Medical and sanitary report of the native army of Bengal for the year
Year: 1876
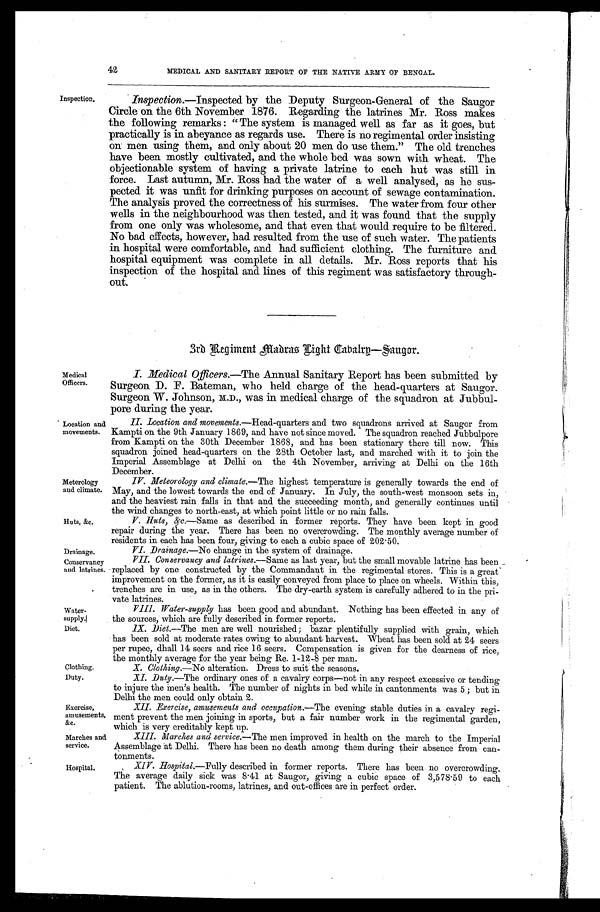
Huts, &c.
Drainage.
Conservancy
and latrines.
Water-
supply.
Diet.
Clothing.
Duty.
Exercise,
amusements,
&c.
Marches and
service.
Hospital.
Inspection.
42
MEDICAL AND SANITARY REPORT OF THE NATIVE ARMY OF BENGAL.
Inspection.—Inspected by the Deputy Surgeon-General of the Saugor
Circle on the 6th November 1876. Regarding the latrines Mr. Ross makes
the following remarks : “The system is managed well as far as it goes, but
practically is in abeyance as regards use. There is no regimental order insisting
on men using them, and only about 20 men do use them.” The old trenches have
been mostly cultivated, and the whole bed was sown with wheat. The
objectionable system of having a private latrine to each hut was still in
force. Last autumn, Mr. Ross had the water of a well analysed, as he sus-
pected it was unfit for drinking purposes on account of sewage contamination.
The analysis proved the correctness of his surmises. The water from four other
wells in the neighbourhood was then tested, and it was found that the supply
from one only was wholesome, and that even that would require to be filtered.
No bad effects, however, had resulted from the use of such water. The patients
in hospital were comfortable, and had sufficient clothing. The furniture and
hospital equipment was complete in all details. Mr. Ross reports that his
inspection of the hospital and lines of this regiment was satisfactory through-
out.
3rd Regiment M adras Light Cavalry—Saugor.
Medical
Officers.
Location and
movements.
Meterology
and climate.
I. Medical Officers.— T h e
A n n u a l S a n i t a r y R e p o r t h a s b e e n s u b m i t t e d b y
Surgeon D. F. Bateman, who held charge of the head-quarters at Saugor.
Surgeon W. Johnson, M.D., was in medical charge of the squadron at Jubbul-
pore during the year.
II. Location and movements.—Head-quarters and two squadrons arrived at Saugor from
Kampti on the 9th January 1869, and have not since moved. The squadron reached Jubbulpore
from Kampti on the 30th December 1868, and has been stationary there till now. This
squadron joined head-quarters on the 28th October last, and marched with it to join the
Imperial Assemblage at Delhi on the 4th November, arriving at Delhi on the 16th
December.
IV. Meteorology and climate. —The highest temperature is generally towards the end of
May, and the lowest towards the end of January. In July, the south-west monsoon sets in,
and the heaviest rain falls in that and the succeeding month, and generally continues until
the wind changes to north-east, at which point little or no rain falls.
V. Huts, &c . — S a m e a s d e s c r i b e d i n f o r m e r r e p o r t s . T h e y h a v e b e e n k e p t i n g o o d
repair during the year. There has been no overcrowding. The monthly average number of
residents in each has been four, giving to each a cubic space of 202.50.
VI. Drainage.—No change in the system of drainage.
VII. Conservancy and latrines. —Same as last year, but the small movable latrine has been
replaced by one constructed by the Commandant in the regimental stores. This is a great
improvement on the former, as it is easily conveyed from place to place on wheels. Within this,
trenches are in use, as in the others. The dry-earth system is carefully adhered to in the pri--
vate latrines.
Water-supply has been good and abundant. Nothing has been effected in any of
the sources, which are fully described in former reports.
1X. Diet.—The men are well nourished; bazar plentifully supplied with grain, which
has been sold at moderate rates owing to abundant harvest. Wheat has been sold at 24 seers
per rupee, dhall 14 seers and rice 16 seers. Compensation is given for the dearness of rice,
the monthly average for the year being Re. 1 - 12 -8 per man.
X. Clothing. —No alteration. Dress to suit the seasons.
XI. Duty.—The ordinary ones of a cavalry corps—not in any respect excessive or tending
to injure the men’s health. The number of nights in bed while in cantonments was 5 ; but in
Delhi the men could only obtain 2.
XII. Exercise, amusements and occupation. —The evening stable duties in a cavalry regi-
ment prevent the men joining in sports, but a fair number work in the regimental garden,
which is very creditably kept up.
XIII. Marches and service. —The men improved in health on the march to the Imperial
Assemblage at Delhi. There has been no death among them during their absence from can-
tonments.
XIV. Hospital. —Fully described in former reports. There has been no overcrowding.
The average daily sick was 8.41 at Saugor, giving a cubic space of 3,578.59 to each
patient. The ablution-rooms, latrines, and out-offices are in perfect order.